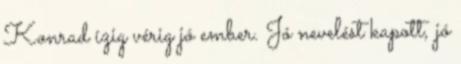
Konrad ízig vérig jó ember. Jó nevelést kapott, jó